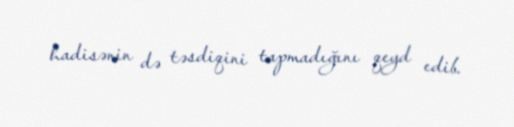
hadisənin də təsdiqini tapmadığını qeyd edib.